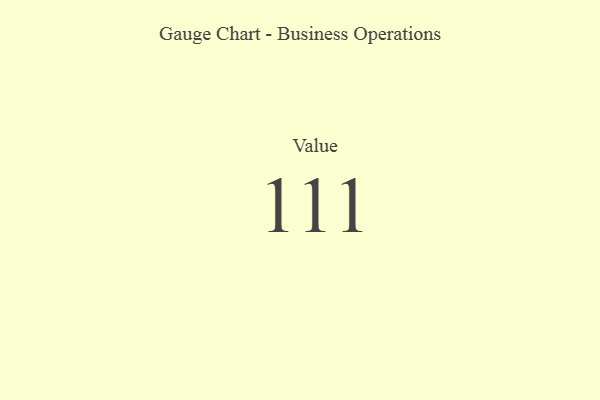
{"axis": {"x": "Metric", "y": "Value"}, "legend": [""], "data": [{"x": "Value", "y": 111, "type": ""}]}